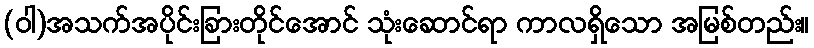
(ဝါ)အသက်အပိုင်းခြားတိုင်အောင် သုံးဆောင်ရာ ကာလရှိသော အမြစ်တည်း။